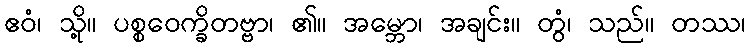
ဧဝံ၊ သို့။ ပစ္စဝေက္ခိတဗ္ဗာ၊ ၏။ အမ္ဘော၊ အချင်း။ တွံ၊ သည်။ တဿ၊